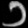
Digit: ၁